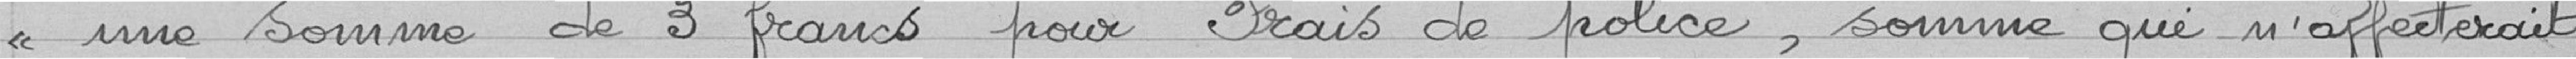
"une somme de 3 francs pour frais de police, somme qui n'affecterait